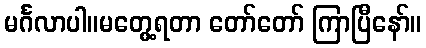
မင်္ဂလာပါ။မတွေ့ရတာ တော်တော် ကြာပြီနော်။